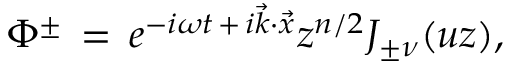
\Phi ^ { \pm } \, = \, e ^ { - i \omega t \, + \, i \vec { k } \cdot \vec { x } } z ^ { n / 2 } J _ { \pm \nu } ( u z ) ,